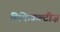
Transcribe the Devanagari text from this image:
डिफिकल्टीज़